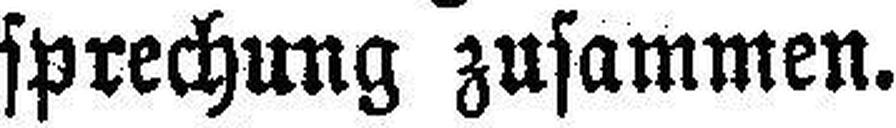
sprechung zusammen.